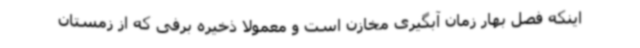
اینکه فصل بهار زمان آبگیری مخازن است و معمولا ذخیره برفی که از زمستان